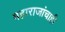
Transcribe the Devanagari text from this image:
महाराजांचाही